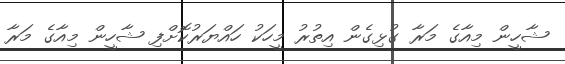
ޝާހީން މިއާގެ މަރާ ގުޅިގެން އިތުރު މީހަކު ހައްޔަރުކޮށްފި ޝާހީން މިއާގެ މަރާ